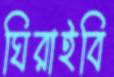
ঘিরাইবি